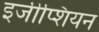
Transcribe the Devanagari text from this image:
इजीप्शियन